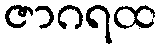
ဇာဂရထ